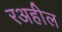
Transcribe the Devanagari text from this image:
रअहील